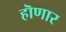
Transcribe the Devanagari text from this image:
हॊणार